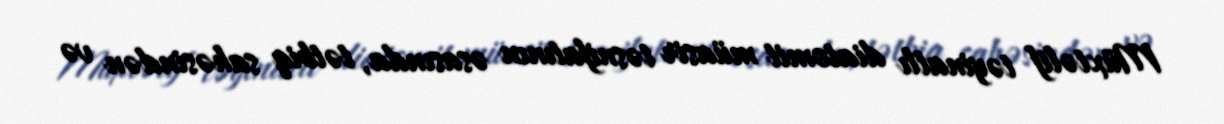
Müxtəlif təyinatlı diatomit müasir təsnifatının əsasında, tətbiq sahəsindən və